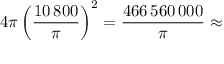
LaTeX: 4 \pi \left( { \frac { 1 0 \, 8 0 0 } { \pi } } \right) ^ { 2 } = { \frac { 4 6 6 \, 5 6 0 \, 0 0 0 } { \pi } } \approx